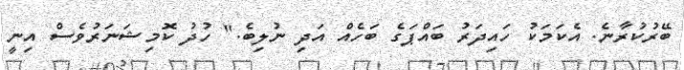
ބޭރުކުރާނެ. އެކަމަކު ހައިދަރު ބައްޕަގެ ބަހެއް އަދި ނުލިބެ." ހުދު ކޮމިޝަނަރުވެސް އިނީ